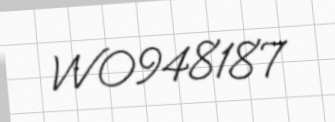
WO948187